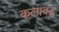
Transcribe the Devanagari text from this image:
कलावड